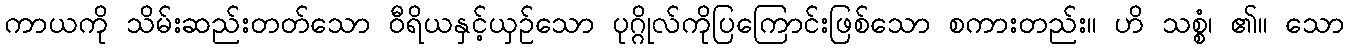
ကာယကို သိမ်းဆည်းတတ်သော ဝီရိယနှင့်ယှဉ်သော ပုဂ္ဂိုလ်ကိုပြကြောင်းဖြစ်သော စကားတည်း။ ဟိ သစ္စံ၊ ၏။ သော